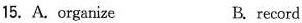
15. A. organize B. record